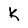
Character: k